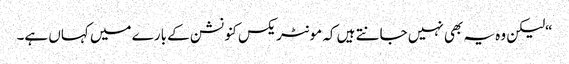
“لیکن وہ یہ بھی نہیں جانتے ہیں کہ مونٹریکس کنونشن کے بارے میں کہاں ہے۔